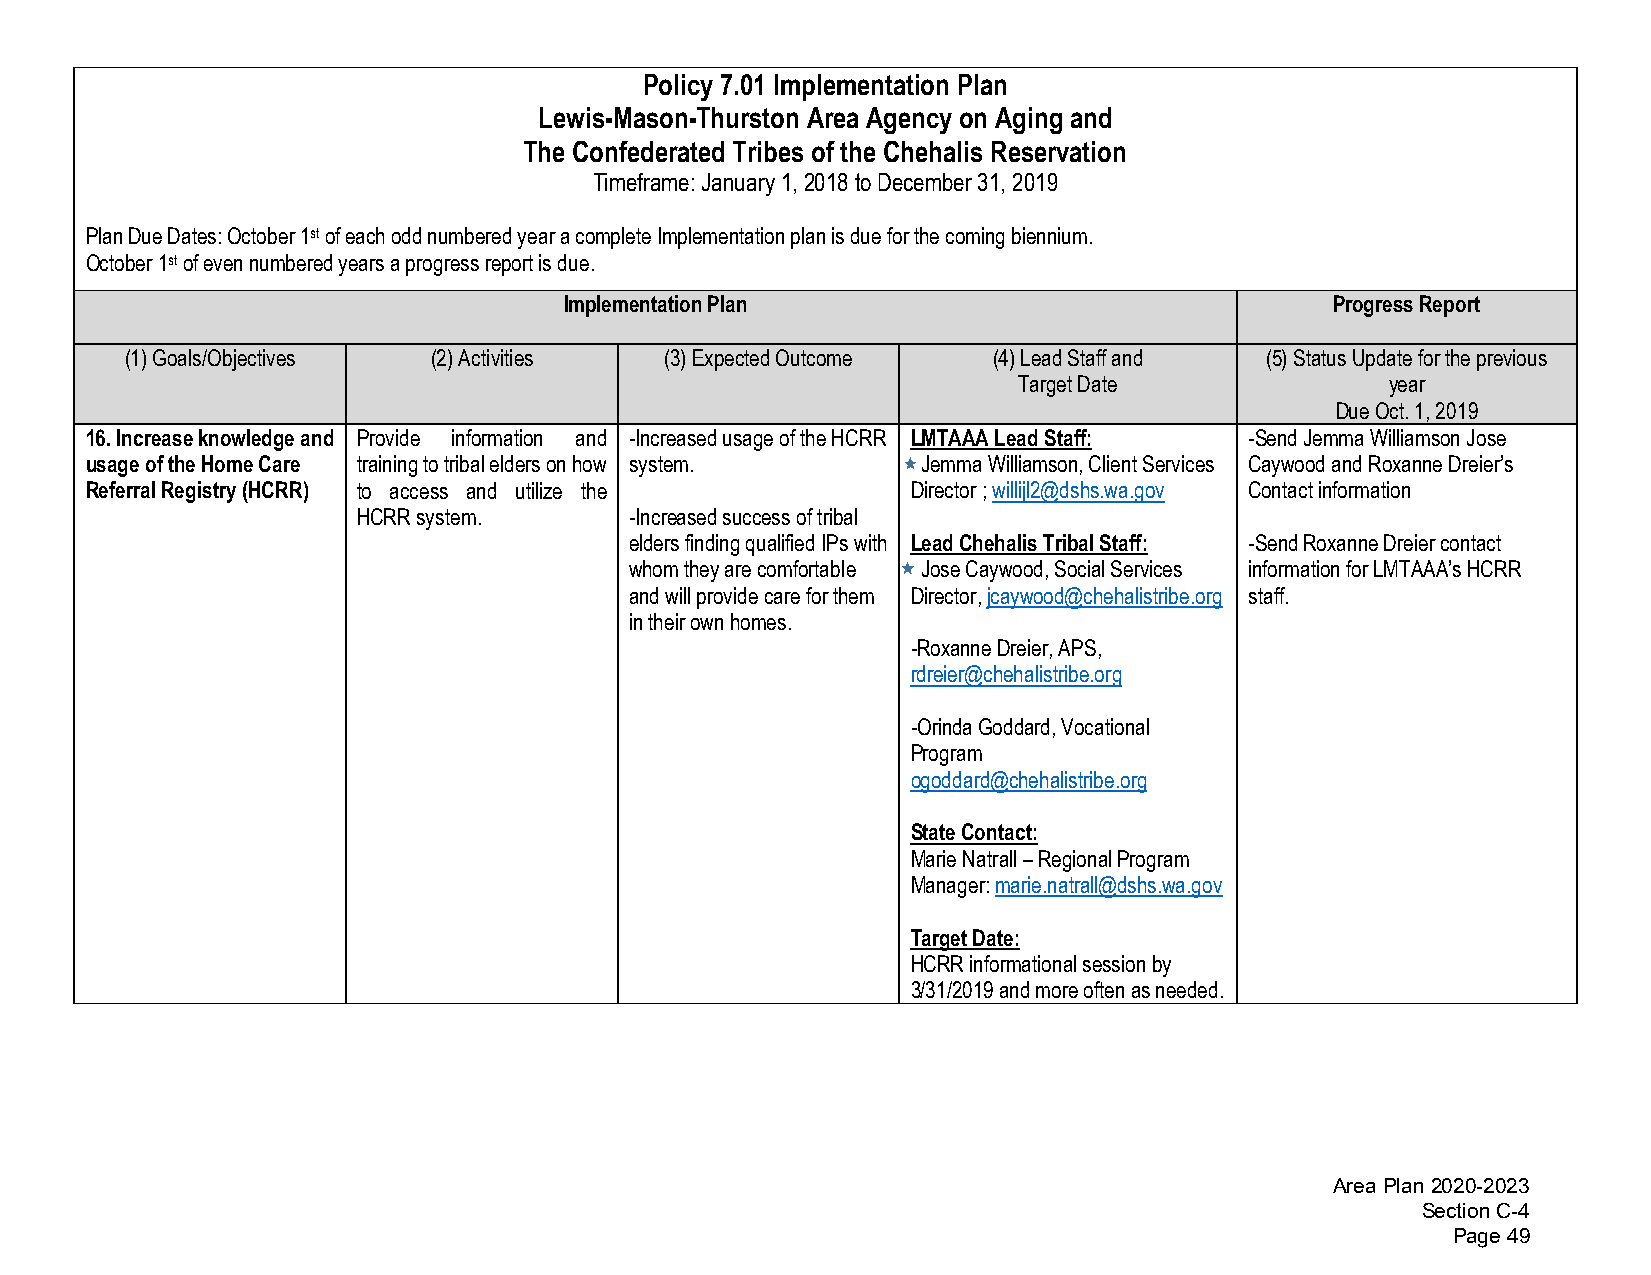
Policy 7.01 Implementation Plan
 Lewis-Mason-Thurston Area Agency on Aging and
 The Confederated Tribes of the Chehalis Reservation
 Timeframe: January 1, 2018 to December 31, 2019
 Plan Due Dates: October 1st of each odd numbered year a complete Implementation plan is due for the coming biennium.
 October 1st of even numbered years a progress report is due.
 Implementation Plan                                Progress Report
 (1)Goals/Objectives  (2)Activities  (3)Expected Outcome   (4)Lead Staff and (5)Status Update for the previous
 Target Date              year
 Due Oct. 1, 2019
 16.Increase knowledge and Provide information and -Increased usage of the HCRR LMTAAA Lead Staff: -Send Jemma Williamson Jose
 usage of the Home Care training to tribal elders on how system. Jemma Williamson, Client Services Caywood and Roxanne Dreier’s
 Referral Registry (HCRR) to access and utilize the    Director ; willijl2@dshs.wa.gov Contact information
 HCRR system.      -Increased success of tribal
 elders finding qualified IPs with Lead Chehalis Tribal Staff: -Send Roxanne Dreier contact
 whom they are comfortable Jose Caywood, Social Services information for LMTAAA’s HCRR
 and will provide care for them Director, jcaywood@chehalistribe.org staff.
 in their own homes.
 -Roxanne Dreier, APS,
 rdreier@chehalistribe.org
 -Orinda Goddard, Vocational
 Program
 ogoddard@chehalistribe.org
 State Contact:
 Marie Natrall – Regional Program
 Manager: marie.natrall@dshs.wa.gov
 Target Date:
 HCRR informational session by
 3/31/2019 and more often as needed.
 Area Plan 2020-2023
 Section C-4
 Page 49